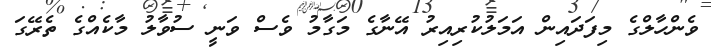
ވެންހާލްގެ މިފަދައިން އަމަލުކުރިއިރު އޭނާގެ މަގާމު ވެސް ވަނީ ސުވާލު މާކެއްގެ ތެރޭގަ